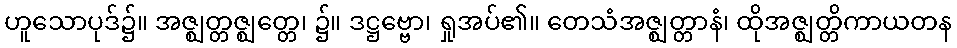
ဟူသောပုဒ်၌။ အဇ္ဈတ္တဇ္ဈတ္တေ၊ ၌။ ဒဋ္ဌဗ္ဗော၊ ရှုအပ်၏။ တေသံအဇ္ဈတ္တာနံ၊ ထိုအဇ္ဈတ္တိကာယတန